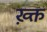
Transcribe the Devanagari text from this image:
ख़्क्त